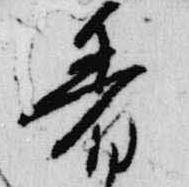
着